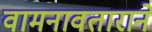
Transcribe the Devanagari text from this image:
वामनावताराने